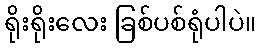
ရိုးရိုးလေး ခြစ်ပစ်ရုံပါပဲ။